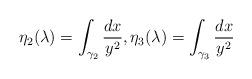
LaTeX: \begin{align*}\eta_2 (\lambda) =\int_{\gamma_2} \frac{dx}{y^2}, \eta_3 (\lambda) =\int_{\gamma_3} \frac{dx}{y^2}\end{align*}